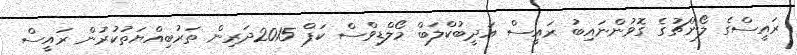
ރައީސްގެ ލޯންޗުގެ ގޮވުންނައިބު ރައީސް އަދީބުކްލަބް މޯލްޑިވްސް ކަޕް 2015ދަރިން ތަރުބިއްޔަތުކުރުން ރައީސް